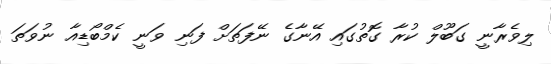
ލިވެރާނީ ގަބޫލް ކުރާ ގޮތުގައި އޭނާގެ ނޭފަތަށް ފަނި ވަނީ ކެމްބޯޑިއާ ނުވަތަ